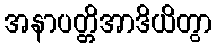
အနာပတ္တိအာဒိယိတွာ